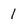
Character: 1